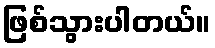
ဖြစ်သွားပါတယ်။